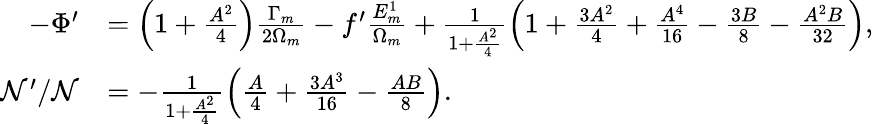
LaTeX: \begin{array}{rl}{-\Phi^{\prime}}&{=\left(1+\frac{A^{2}}{4}\right)\frac{\Gamma_{m}}{2\Omega_{m}}-f^{\prime}\frac{E_{m}^{1}}{\Omega_{m}}+\frac{1}{1+\frac{A^{2}}{4}}\left(1+\frac{3A^{2}}{4}+\frac{A^{4}}{16}-\frac{3B}{8}-\frac{A^{2}B}{32}\right),}\\ {{\cal N}^{\prime}/{\cal N}}&{=-\frac{1}{1+\frac{A^{2}}{4}}\left(\frac{A}{4}+\frac{3A^{3}}{16}-\frac{AB}{8}\right).}\end{array}